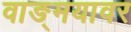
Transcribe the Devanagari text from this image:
वाङ्‌मयावर